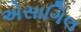
એસાગિલ